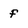
Character: f